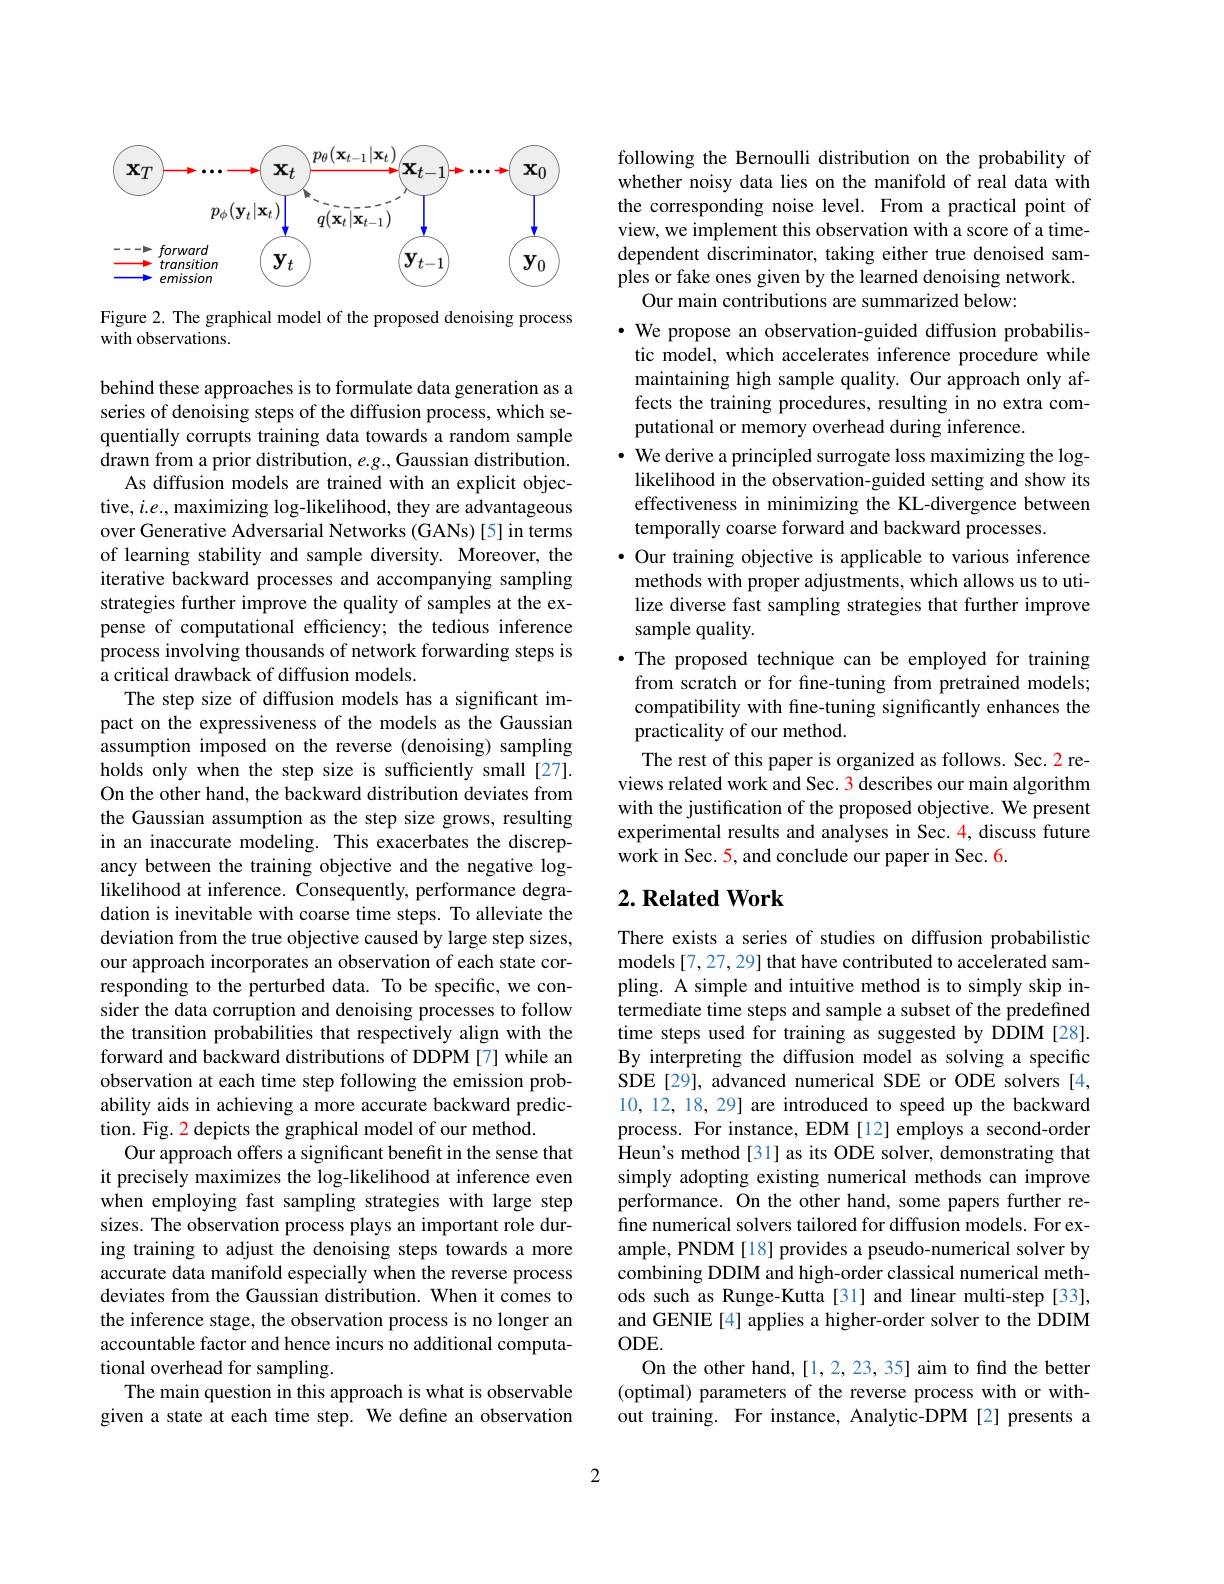
<FigureHere>

Figure 2. The graphical model of the proposed denoising process
with observations.

behind these approaches is to formulate data generation as a series of denoising steps of the diffusion process, which sequentially corrupts training data towards a random sample drawn from a prior distribution, $e.g.$, Gaussian distribution.
As diffusion models are trained with an explicit objective, $i.e.$, maximizing $\log$-likelihood, they are advantageous over Generative Adversarial Networks (GANs)[5] in terms of learning stability and sample diversity. Moreover, the iterative backward processes and accompanying sampling strategies further improve the quality of samples at the expense of computational efficiency; the tedious inference process involving thousands of network forwarding steps is a critical drawback of diffusion models.
The step size of diffusion models has a significant impact on the expressiveness of the models as the Gaussian assumption imposed on the reverse (denoising) sampling holds only when the step size is sufficiently small [27]. On the other hand, the backward distribution deviates from the Gaussian assumption as the step size grows, resulting in an inaccurate modeling. This exacerbates the discrepancy between the training objective and the negative loglikelihood at inference. Consequently, performance degradation is inevitable with coarse time steps. To alleviate the deviation from the true objective caused by large step sizes, our approach incorporates an observation of each state corresponding to the perturbed data. To be specific, we consider the data corruption and denoising processes to follow the transition probabilities that respectively align with the forward and backward distributions of DDPM [7] while an observation at each time step following the emission probability aids in achieving a more accurate backward prediction. Fig. 2 depicts the graphical model of our method.
Our approach offers a significant benefit in the sense that it precisely maximizes the log-likelihood at inference even when employing fast sampling strategies with large step sizes. The observation process plays an important role during training to adjust the denoising steps towards a more accurate data manifold especially when the reverse process deviates from the Gaussian distribution. When it comes to the inference stage, the observation process is no longer an accountable factor and hence incurs no additional computational overhead for sampling.
The main question in this approach is what is observable given a state at each time step. We define an observation

following the Bernoulli distribution on the probability of whether noisy data lies on the manifold of real data with the corresponding noise level. From a practical point of view, we implement this observation with a score of a timedependent discriminator, taking either true denoised samples or fake ones given by the learned denoising network.
Our main contributions are summarized below:
$\cdot$ We propose an observation-guided diffusion probabilistic model, which accelerates inference procedure while maintaining high sample quality. Our approach only affects the training procedures, resulting in no extra computational or memory overhead during inference.
$\cdot$ We derive a principled surrogate loss maximizing the log-
likelihood in the observation-guided setting and show its effectiveness in minimizing the KL-divergence between temporally coarse forward and backward processes.
· Our training objective is applicable to various inference methods with proper adjustments, which allows us to utilize diverse fast sampling strategies that further improve sample quality.
·The proposed technique can be employed for training
from scratch or for fine-tuning from pretrained models; compatibility with fine-tuning significantly enhances the practicality of our method.
The rest of this paper is organized as follows. Sec. 2 reviews related work and Sec. 3 describes our main algorithm with the justification of the proposed objective. We present experimental results and analyses in Sec. 4, discuss future $\hat{\text{work in Sec. 5, and conclude our paper in Sec. 6.}}$

## $2. \textbf{Related Work}$

There exists a series of studies on diffusion probabilistic models [7,27,29] that have contributed to accelerated sampling. A simple and intuitive method is to simply skip intermediate time steps and sample a subset of the predefined time steps used for training as suggested by DDIM [28]. By interpreting the diffusion model as solving a specific SDE[29], advanced numerical SDE or ODE solvers [4, 10, 12, 18, 29] are introduced to speed up the backward process. For instance, EDM[12] employs a second-order Heun's method[31] as its ODE solver, demonstrating that simply adopting existing numerical methods can improve performance. On the other hand, some papers further refine numerical solvers tailored for diffusion models. For example, PNDM[18] provides a pseudo-numerical solver by combining DDIM and high-order classical numerical methods such as Runge-Kutta [31] and linear multi-step [33], and GENIE [4] applies a higher-order solver to the DDIM $ODE.$
On the other hand,[1,2,23,35] aim to find the better (optimal) parameters of the reverse process with or without training. For instance, Analytic-DPM[2] presents a

2